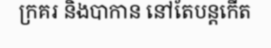
ក្រគរ និងបាកាន នៅតែបន្តកើត